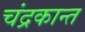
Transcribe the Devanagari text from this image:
चंद्रकान्त